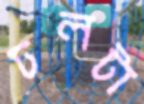
ঢলটা